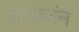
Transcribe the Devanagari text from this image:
बायकांन